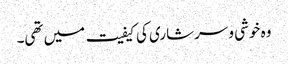
وہ خوشی و سرشاری کی کیفیت میں تھی۔